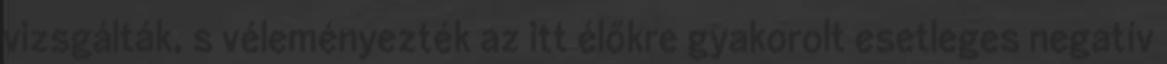
vizsgálták, s véleményezték az itt élőkre gyakorolt esetleges negatív